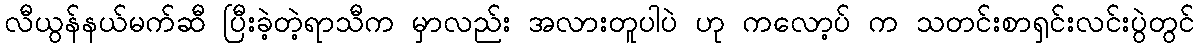
လီယွန်နယ်မက်ဆီ ပြီးခဲ့တဲ့ရာသီက မှာလည်း အလားတူပါပဲ ဟု ကလော့ပ် က သတင်းစာရှင်းလင်းပွဲတွင်